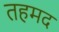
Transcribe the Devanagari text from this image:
तहमद